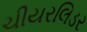
ચીયરલિડર